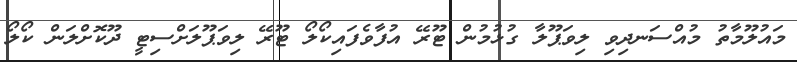
މައުލޫމާތު މުއްސަނދިވި ލިވަޕޫލާ ގުޅުމުން ޓޫރޭ އުފާވެފައިކޯލޯ ޓޫރޭ ލިވަޕޫލަށްސިޓީ ދޫކޮށްލަން ކޯލޯ